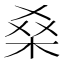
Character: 𮲱